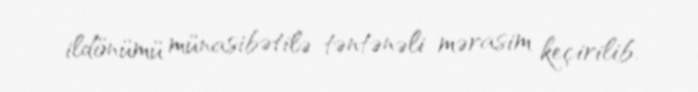
ildönümü münasibətilə təntənəli mərasim keçirilib.